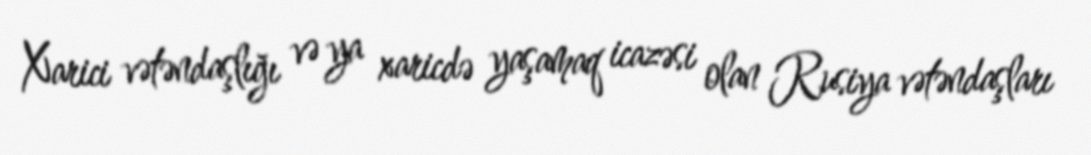
Xarici vətəndaşlığı və ya xaricdə yaşamaq icazəsi olan Rusiya vətəndaşları